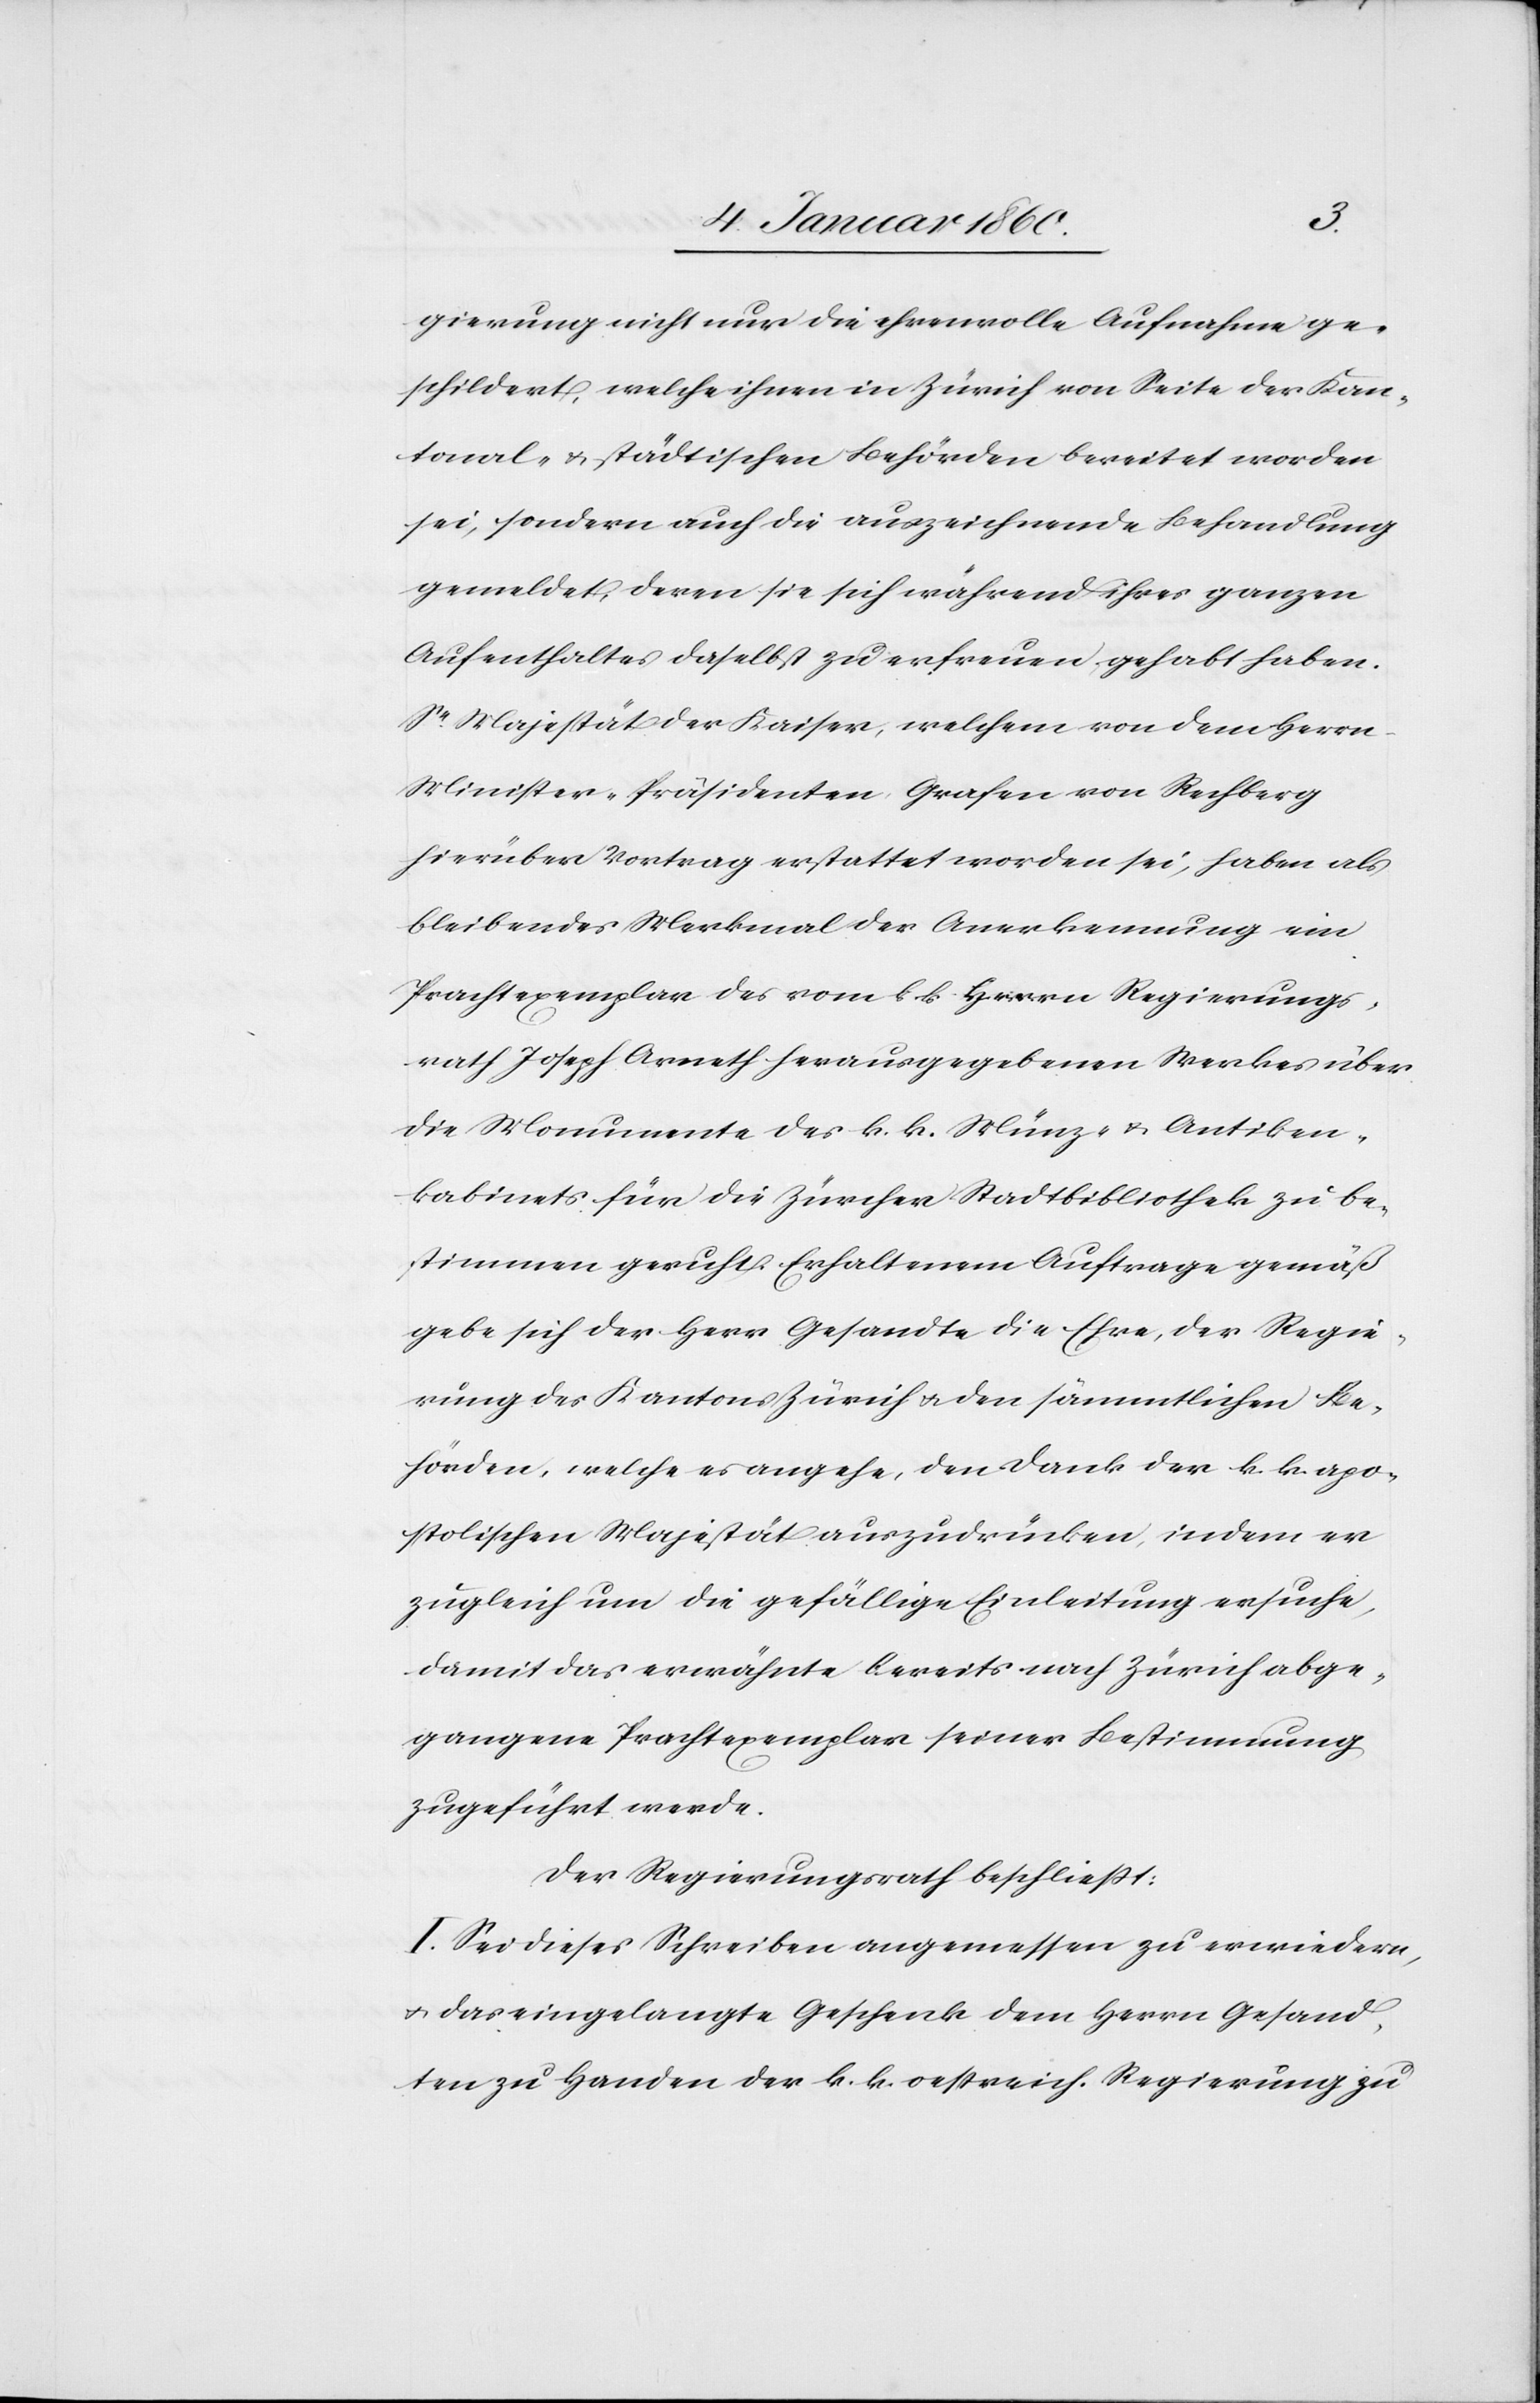
gierung nicht nur die ehrenvolle Aufnahme ge¬
schildert, welche ihnen in Zürich von Seite der Kan¬
tonal- u. städtischen Behörden bereitet worden
sei, sondern auch die auszeichnende Behandlung
gemeldet, deren sie sich während ihres ganzen
Aufenthaltes daselbst zu erfreuen gehabt haben.
Sr Majestät der Kaiser, welchem von dem Herrn
Minister-Präsidenten Grafen von Rechberg
hierüber Vortrag erstattet worden sei, haben als
bleibendes Merkmal der Anerkennung ein
Prachtexemplar des vom k. k. Herrn Regierungs¬
rath Joseph Armeth herausgegebenen Werken über
die Monumenta des k. k. Münz u. Antiken¬
kabinets für die Zürcher Stadtbibliothek zu be¬
stimmen geruht. Erhaltenen Anfrage gemäß
gebe sich der Herr Gesandte die Ehre, der Regie¬
rung des Kantons Zürich u. den sämmtlichen Be¬
hörden, welche es angehe, den Dank der k. k. apo¬
stolischen Majestät auszudrücken, indem er
zugleich um die gefällige Einleitung ersuche,
damit das erwähnte bereits nach Zürich abge¬
gangene Prachtexemplar seiner Bestimmung
zugefügt werde.
der Regierungsrath beschließt:
I. Sei dieses Schreiben angemessen zu erwiedern,
u. das eingelangte Geschenk dem Herrn Gesand¬
ten zu Handen der k. k. oestreich. Regierung zu